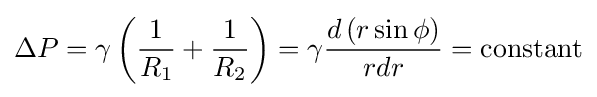
\Delta P=\gamma \left({\frac {1}{R_{1}}}+{\frac {1}{R_{2}}}\right)=\gamma {\frac {d\left(r\sin \phi \right)}{rdr}}={\rm {constant}}